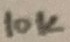
Text: 10K